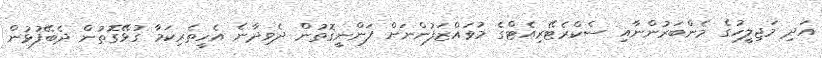
އަދި މަޖިލީހުގެ މެންބަރުންނާއި ސެކްރެޓޭރިއެޓްގެ މުވައްޒަފުންނަށް ފަންނީގޮތުން ދެވިދާނެ އެހީތެރިކަމާ ގުޅޭގޮތުން ދެބޭފުޅުން